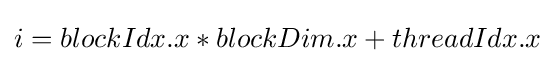
i=blockIdx.x*blockDim.x+threadIdx.x